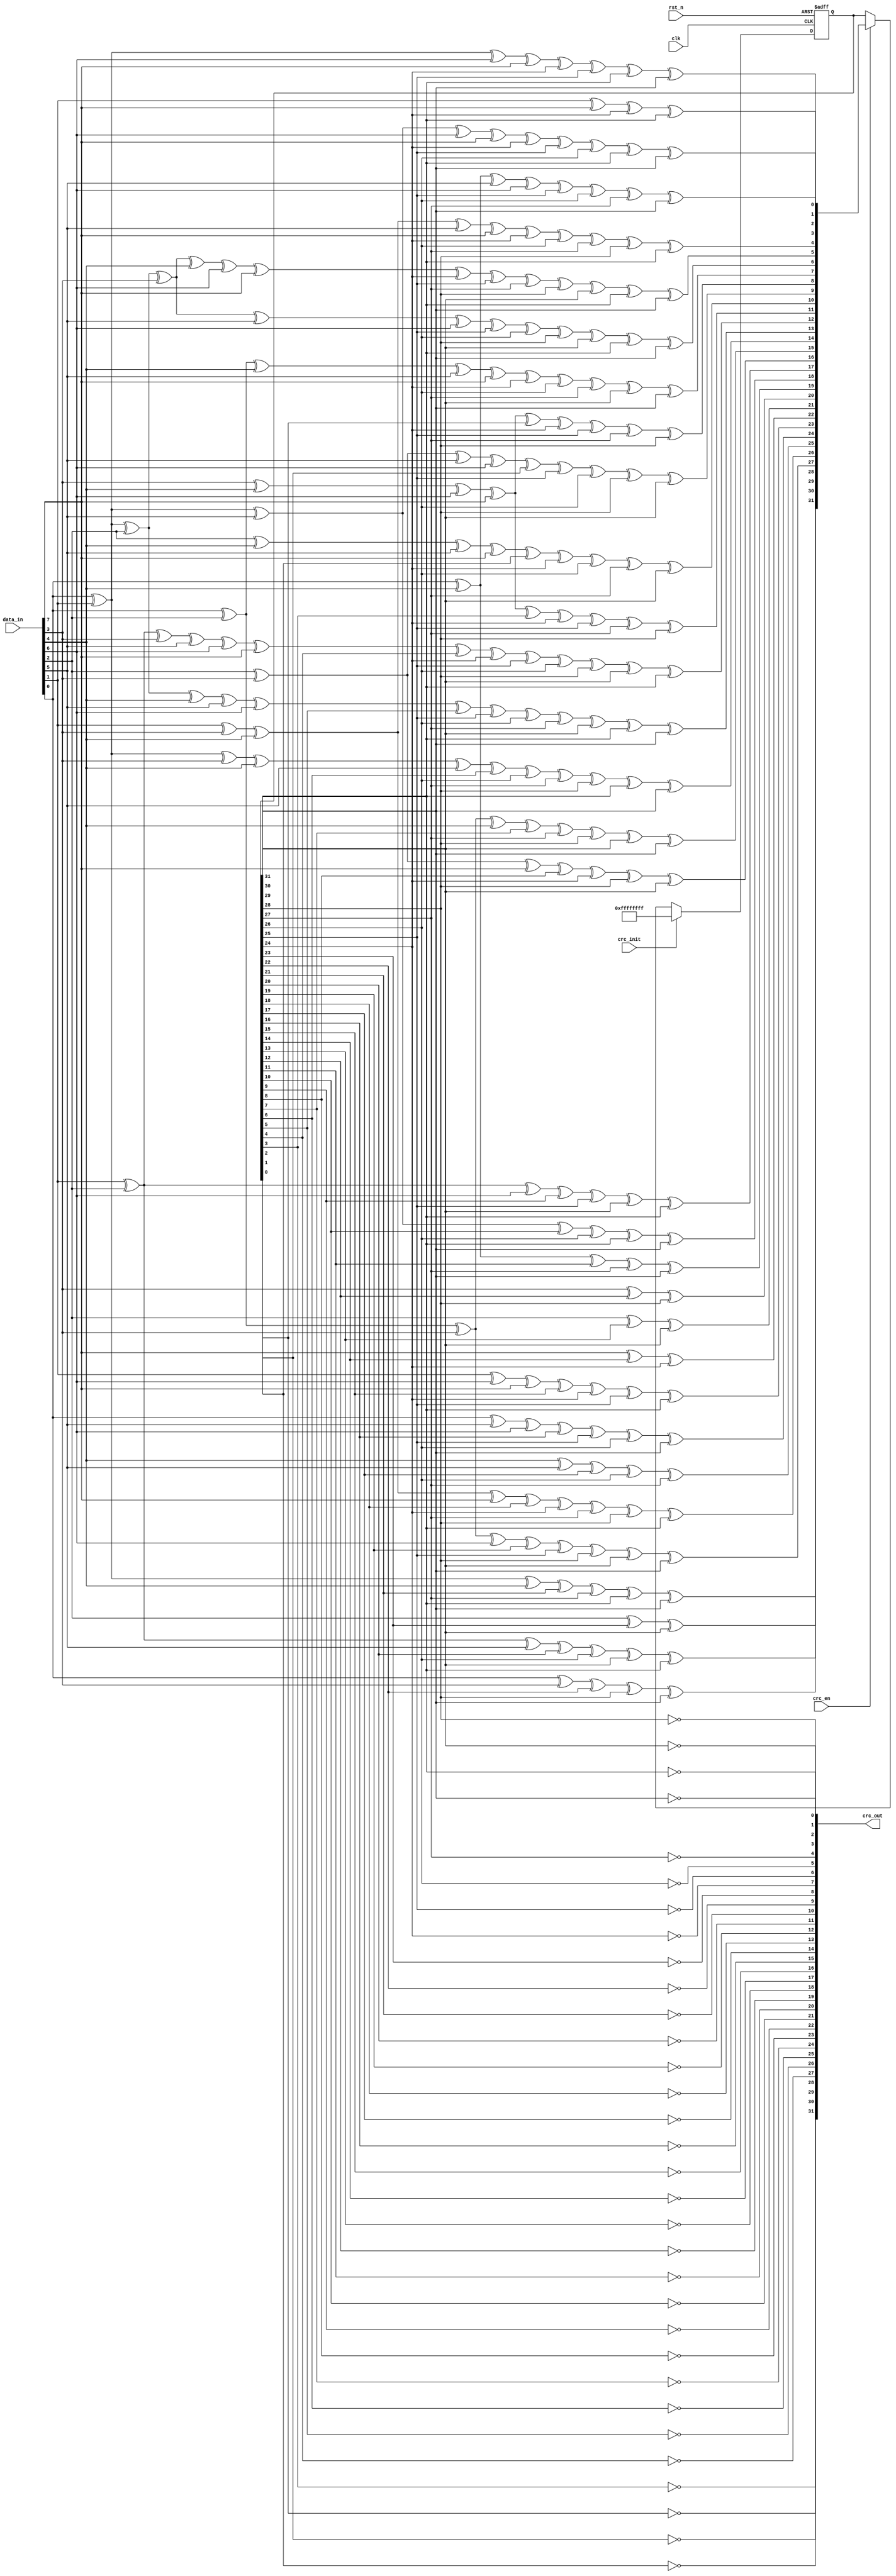
////////////////////////////////////////////////////////////////////////////////
// Copyright (C) 1999-2008 Easics NV.
// This source file may be used and distributed without restriction
// provided that this copyright statement is not removed from the file
// and that any derivative work contains the original copyright notice
// and the associated disclaimer.
//
// THIS SOURCE FILE IS PROVIDED "AS IS" AND WITHOUT ANY EXPRESS
// OR IMPLIED WARRANTIES, INCLUDING, WITHOUT LIMITATION, THE IMPLIED
// WARRANTIES OF MERCHANTIBILITY AND FITNESS FOR A PARTICULAR PURPOSE.
//
// Purpose : synthesizable CRC function
//   * polynomial: x^32 + x^26 + x^23 + x^22 + x^16 + x^12 + x^11 + x^10 + x^8 + x^7 + x^5 + x^4 + x^2 + x^1 + 1
//   * data width: 8
//
// Info : tools@easics.be
//        http://www.easics.com
////////////////////////////////////////////////////////////////////////////////
module CRC32_D8(
    input             clk,
    input             rst_n,
    input    [7:0]    data_in,
    input             crc_init,
    input             crc_en,
    output   [31:0]   crc_out
    

);

parameter       DATA_WIDTH = 8;
parameter       CRC_WIDTH  = 32;

wire    [DATA_WIDTH - 1:0]      data_turn;

wire    [CRC_WIDTH - 1:0]       crc_turn_out;
reg     [CRC_WIDTH - 1:0]       crc_fuc_out;

//always@(posedge clk or negedge rst_n)begin
//    if(!rst_n)begin
//        data_turn <= 'd0;                                              
//    end
//    else if(crc_en == 1'b1)begin
//        data_turn <= {data_in[0],data_in[1],data_in[2],data_in[3],data_in[4],data_in[5],data_in[6], data_in[7]};
//    end
//end
assign crc_out = crc_turn_out;

genvar i;

generate
    for( i = 0; i < DATA_WIDTH; i = i + 1)begin:blcok_data_turn
        assign data_turn[i] = data_in[(DATA_WIDTH - 1) - i];
    end
                                        
endgenerate 

genvar j;

generate 
    for( j = 0; j < CRC_WIDTH; j = j + 1)begin:blcok_crc_turn_out
        assign crc_turn_out[j] = ~crc_fuc_out[(CRC_WIDTH - 1) - j];
    end
                                        
endgenerate 

always@(posedge clk or negedge rst_n)begin
    if(!rst_n)begin
        crc_fuc_out <= 'd0; 
    end
    else if(crc_init == 1'b1)begin
        crc_fuc_out <= {32{1'b1}};
    end
    else if(crc_en == 1'b1)begin
        crc_fuc_out <= nextCRC32_D8(data_turn, crc_fuc_out);
    end 
end

 // polynomial: x^32 + x^26 + x^23 + x^22 + x^16 + x^12 + x^11 + x^10 + x^8 + x^7 + x^5 + x^4 + x^2 + x^1 + 1
  // data width: 8
  // convention: the first serial bit is D[7]
  function [31:0] nextCRC32_D8;

    input [7:0] Data;
    input [31:0] crc;
    reg [7:0] d;
    reg [31:0] c;
    reg [31:0] newcrc;
  begin
    d = Data;
    c = crc;

    newcrc[0] = d[6] ^ d[0] ^ c[24] ^ c[30];
    newcrc[1] = d[7] ^ d[6] ^ d[1] ^ d[0] ^ c[24] ^ c[25] ^ c[30] ^ c[31];
    newcrc[2] = d[7] ^ d[6] ^ d[2] ^ d[1] ^ d[0] ^ c[24] ^ c[25] ^ c[26] ^ c[30] ^ c[31];
    newcrc[3] = d[7] ^ d[3] ^ d[2] ^ d[1] ^ c[25] ^ c[26] ^ c[27] ^ c[31];
    newcrc[4] = d[6] ^ d[4] ^ d[3] ^ d[2] ^ d[0] ^ c[24] ^ c[26] ^ c[27] ^ c[28] ^ c[30];
    newcrc[5] = d[7] ^ d[6] ^ d[5] ^ d[4] ^ d[3] ^ d[1] ^ d[0] ^ c[24] ^ c[25] ^ c[27] ^ c[28] ^ c[29] ^ c[30] ^ c[31];
    newcrc[6] = d[7] ^ d[6] ^ d[5] ^ d[4] ^ d[2] ^ d[1] ^ c[25] ^ c[26] ^ c[28] ^ c[29] ^ c[30] ^ c[31];
    newcrc[7] = d[7] ^ d[5] ^ d[3] ^ d[2] ^ d[0] ^ c[24] ^ c[26] ^ c[27] ^ c[29] ^ c[31];
    newcrc[8] = d[4] ^ d[3] ^ d[1] ^ d[0] ^ c[0] ^ c[24] ^ c[25] ^ c[27] ^ c[28];
    newcrc[9] = d[5] ^ d[4] ^ d[2] ^ d[1] ^ c[1] ^ c[25] ^ c[26] ^ c[28] ^ c[29];
    newcrc[10] = d[5] ^ d[3] ^ d[2] ^ d[0] ^ c[2] ^ c[24] ^ c[26] ^ c[27] ^ c[29];
    newcrc[11] = d[4] ^ d[3] ^ d[1] ^ d[0] ^ c[3] ^ c[24] ^ c[25] ^ c[27] ^ c[28];
    newcrc[12] = d[6] ^ d[5] ^ d[4] ^ d[2] ^ d[1] ^ d[0] ^ c[4] ^ c[24] ^ c[25] ^ c[26] ^ c[28] ^ c[29] ^ c[30];
    newcrc[13] = d[7] ^ d[6] ^ d[5] ^ d[3] ^ d[2] ^ d[1] ^ c[5] ^ c[25] ^ c[26] ^ c[27] ^ c[29] ^ c[30] ^ c[31];
    newcrc[14] = d[7] ^ d[6] ^ d[4] ^ d[3] ^ d[2] ^ c[6] ^ c[26] ^ c[27] ^ c[28] ^ c[30] ^ c[31];
    newcrc[15] = d[7] ^ d[5] ^ d[4] ^ d[3] ^ c[7] ^ c[27] ^ c[28] ^ c[29] ^ c[31];
    newcrc[16] = d[5] ^ d[4] ^ d[0] ^ c[8] ^ c[24] ^ c[28] ^ c[29];
    newcrc[17] = d[6] ^ d[5] ^ d[1] ^ c[9] ^ c[25] ^ c[29] ^ c[30];
    newcrc[18] = d[7] ^ d[6] ^ d[2] ^ c[10] ^ c[26] ^ c[30] ^ c[31];
    newcrc[19] = d[7] ^ d[3] ^ c[11] ^ c[27] ^ c[31];
    newcrc[20] = d[4] ^ c[12] ^ c[28];
    newcrc[21] = d[5] ^ c[13] ^ c[29];
    newcrc[22] = d[0] ^ c[14] ^ c[24];
    newcrc[23] = d[6] ^ d[1] ^ d[0] ^ c[15] ^ c[24] ^ c[25] ^ c[30];
    newcrc[24] = d[7] ^ d[2] ^ d[1] ^ c[16] ^ c[25] ^ c[26] ^ c[31];
    newcrc[25] = d[3] ^ d[2] ^ c[17] ^ c[26] ^ c[27];
    newcrc[26] = d[6] ^ d[4] ^ d[3] ^ d[0] ^ c[18] ^ c[24] ^ c[27] ^ c[28] ^ c[30];
    newcrc[27] = d[7] ^ d[5] ^ d[4] ^ d[1] ^ c[19] ^ c[25] ^ c[28] ^ c[29] ^ c[31];
    newcrc[28] = d[6] ^ d[5] ^ d[2] ^ c[20] ^ c[26] ^ c[29] ^ c[30];
    newcrc[29] = d[7] ^ d[6] ^ d[3] ^ c[21] ^ c[27] ^ c[30] ^ c[31];
    newcrc[30] = d[7] ^ d[4] ^ c[22] ^ c[28] ^ c[31];
    newcrc[31] = d[5] ^ c[23] ^ c[29];
    nextCRC32_D8 = newcrc;
  end
  endfunction
endmodule